Civil Veterinary Dept. Bombay admin report 1907-1913 - 1907-1913
Year: 1907
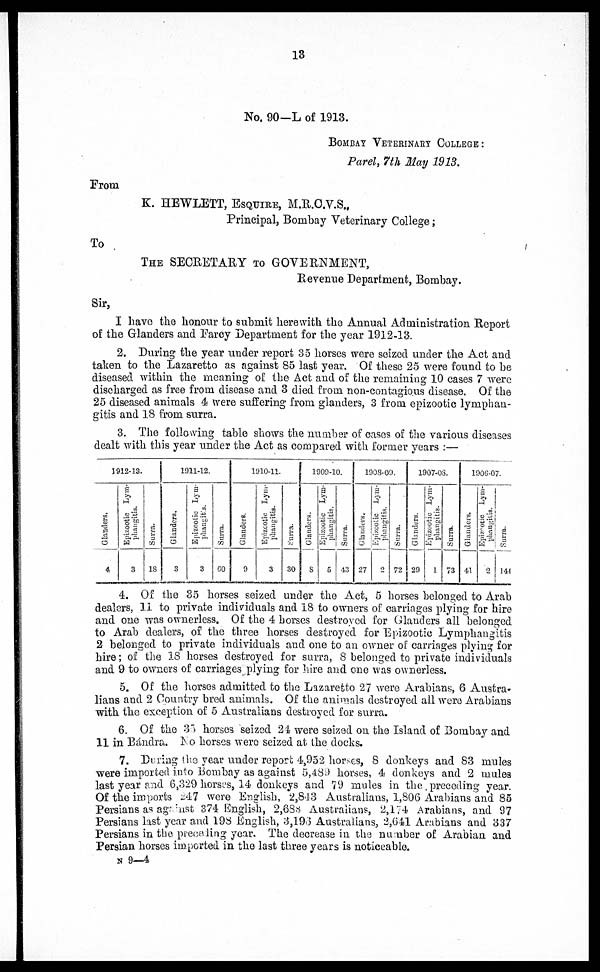
13
No. 90—L of 1913.
BOMBAY VETERINARY COLLEGE:
Parel, 7th May 1913.
From
K. HEWLETT, ESQUIRE M.R.C.V.S.,
Principal, Bombay Veterinary College;
To
THE SECRETARY TO GOVERNMENT,
Revenue Department, Bombay.
Sir,
I have the honour to submit herewith the Annual Administration Report
of the Glanders and Farcy Department for the year 1912-13.
2. During the year under report 35 horses were seized under the Act and
taken to the Lazaretto as against 85 last year. Of these 25 were found to be
diseased within the meaning of the Act and of the remaining 10 cases 7 were
discharged as free from disease and 3 died from non-contagious disease. Of the
25 diseased animals 4 were suffering from glanders, 3 from epizootic lymphan-
gitis and 18 from surra.
3. The following table shows the number of cases of the various diseases
dealt with this year under the Act as compared with former years:—
1912-13.
Glanders.
4
Epizootic Lym-
phangitis.
3
Surra.
18
1911-12.
Glanders.
3
Epizootic Lym-
phangitis.
3
Surra.
60
1010-11.
Glanders.
9
Epizcotic Lym-
phangitis.
3
Surra.
30
1909-10.
Glanders.
8
Epizootic Lym-
phangitis,
5
Surra.
43
1908-09.
Glanders.
27
Epizootic Lym-
phangitis.
2
Surra.
72
1907-03.
Glanders.
29
Epizootic Lym-
phangitis.
1
Surra.
73
1906-07.
Glanders.
41
Epizootic Lym-
phangitis.
2
Surra.
144
4. Of the 35 horses seized under the Act, 5 horses belonged to Arab
dealers, 11 to private individuals and 18 to owners of carriages plying for hire
and one was ownerless. Of the 4 horses destroyed for Glanders all belonged
to Arab dealers, of the three horses destroyed for Epizootic Lymphangitis
2 belonged to private individuals and one to an owner of carriages plying for
hire; of the 18 horses destroyed for surra, 8 belonged to private individuals
and 9 to owners of carriages plying for hire and one was ownerless.
5. Of the horses admitted to the Lazaretto 27 were Arabians, 6 Austra-
lians and 2 Country bred animals. Of the animals destroyed all were Arabians
with the exception of 5 Australians destroyed for surra.
6. Of the 35 horses seized 24 were seized on the Island of Bombay and
11 in Bándra. No horses were seized at the docks.
7. During the year under report 4,952 horses, 8 donkeys and 83 mules
were imported info Bombay as against 5,489 horses, 4 donkeys and 2 mules
last year and 6,329 horses, 14 donkeys and 79 mules in the preceding year.
Of the imports 247 were English, 2,843 Australians, 1,806 Arabians and 85
Persians as against 374 English, 2,68s Australians, 2,174 Arabians, and 97
Persians last year and 198 English, 3,193 Australians, 2,641 Arabians and 337
Persians in the preceding year. The decrease in the number of Arabian and
Persian horses imported in the last three years is noticeable.
n 9—4